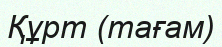
Құрт (тағам)